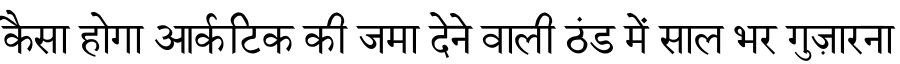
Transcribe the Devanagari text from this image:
कैसा होगा आर्कटिक की जमा देने वाली ठंड में साल भर गुज़ारना